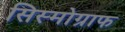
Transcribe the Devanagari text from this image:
सिस्मोग्राफ